Annual report on the health of the army in India
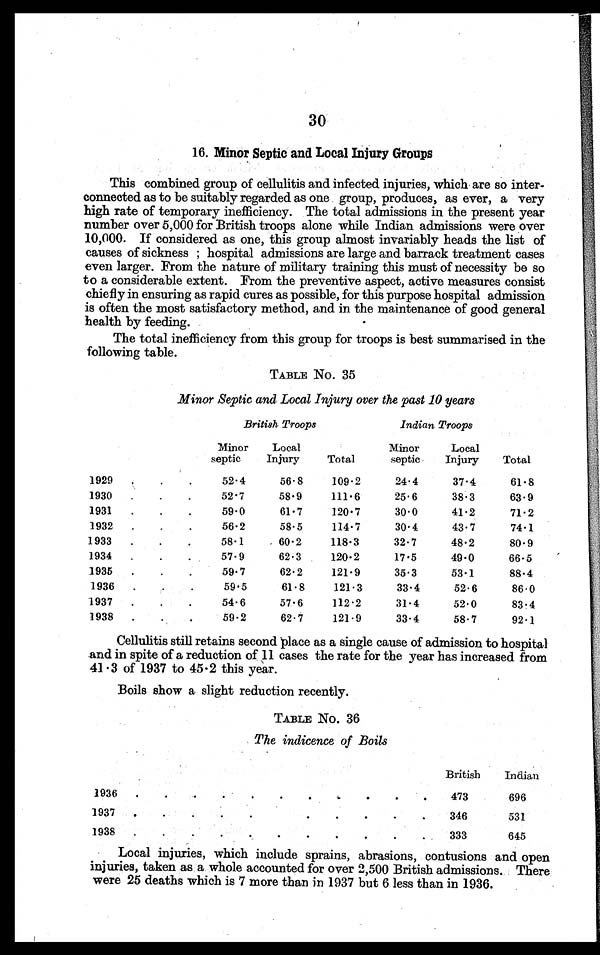
30
16. Minor Septic and Local Injury Groups
This combined group of cellulitis and infected injuries, which are so inter-
connected as to be suitably regarded as one group, produces, as ever, a very
high rate of temporary inefficiency. The total admissions in the present year
number over 5,000 for British troops alone while Indian admissions were over
10,000. If considered as one, this group almost invariably heads the list of
causes of sickness ; hospital admissions are large and barrack treatment cases
even larger. From the nature of military training this must of necessity be so
to a considerable extent. From the preventive aspect, active measures consist
chiefly in ensuring as rapid cures as possible, for this purpose hospital admission
is often the most satisfactory method, and in the maintenance of good general
health by feeding.
The total inefficiency from this group for troops is best summarised in the
following table.
TABLE No. 35
Minor Septic and Local Injury over the past 10 years
British Troops
Indian Troops
Minor
septic
Local
Injury
Total
Minor
septic
Local
Injury
Total
1929.
.
52 . 4
56.8
109.2
24.4
37.4
61.8
1930
.
.
.
52.7
58.9
111.6
25.6
38.3
63.9
1931
.
.
.
59.0
61.7
120.7
30.0
41.2
71.2
1932
.
.
.
56.2
58.5
114.7
30.4
43.7
74.1
1933
.
. .
58.1
60 . 2
118.3
32.7
48.2
80.9
1934
.
.
.
57.9
62.3
120.2
17.5
49.0
66.5
1935
.
.
.
59.7
62.2
121.9
35.3
53.1
88.4
1936.
59.5
61.8
121.3
33.4
52.6
86.0
1937
.
.
.
54.6
57.6
112.2
31.4
52.0
83.4
1938.
.
59.2
62.7
121.9
33.4
58.7
92.1
Cellulitis still retains second place as a single cause of admission to hospital
and in spite of a reduction of 11 cases the rate for the year has increased from
41 . 3 of 1937 to 45-2 this year.
Boils show a slight reduction recently.
TABLE No. 36
The indicence of Boils
British
Indian
1936 . -
473
696
.
1937.
.
. . . . .
346
531
1938
.
..
.
. . . . .
333
645
Local injuries, which include sprains, abrasions, contusions and open
injuries, taken as a whole accounted for over 2,500 British admissions. There
were 25 deaths which is 7 more than in 1937 but 6 less than in 1936.